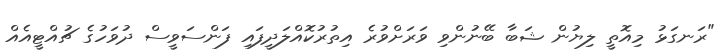
"ރަނގަޅު މިއޮތީ ލިޔުން ޝަބާ ބޭނުންވި ވަރަށްވުރެ އިތުރުކޮއްލަދީފައި ފަންސަވީސް ދުވަހުގެ ޗުއްޓީއެއް